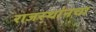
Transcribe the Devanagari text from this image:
राजस्थांनचा